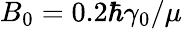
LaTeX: B_{0}=0.2\hbar\gamma_{0}/\mu